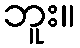
ဘူး။